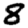
Digit: 8